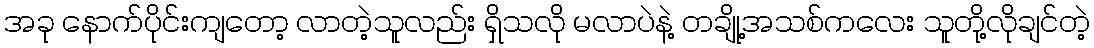
အခု နောက်ပိုင်းကျတော့ လာတဲ့သူလည်း ရှိသလို မလာပဲနဲ့ တချို့အသစ်ကလေး သူတို့လိုချင်တဲ့